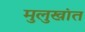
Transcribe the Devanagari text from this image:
मुलुखांत